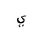
Letter: _ya